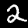
Label: 2